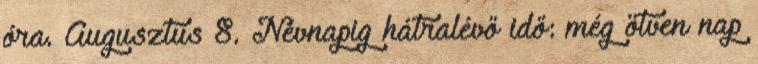
óra. Augusztus 8. Névnapig hátralévő idő: még ötven nap